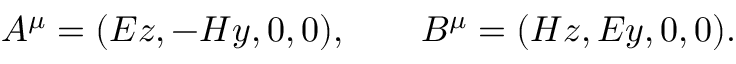
A ^ { \mu } = ( E z , - H y , 0 , 0 ) , \qquad B ^ { \mu } = ( H z , E y , 0 , 0 ) .